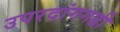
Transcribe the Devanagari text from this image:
उपरदांगगढी